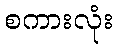
စကားလုံး